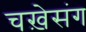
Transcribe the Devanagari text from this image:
चख़ेसंग